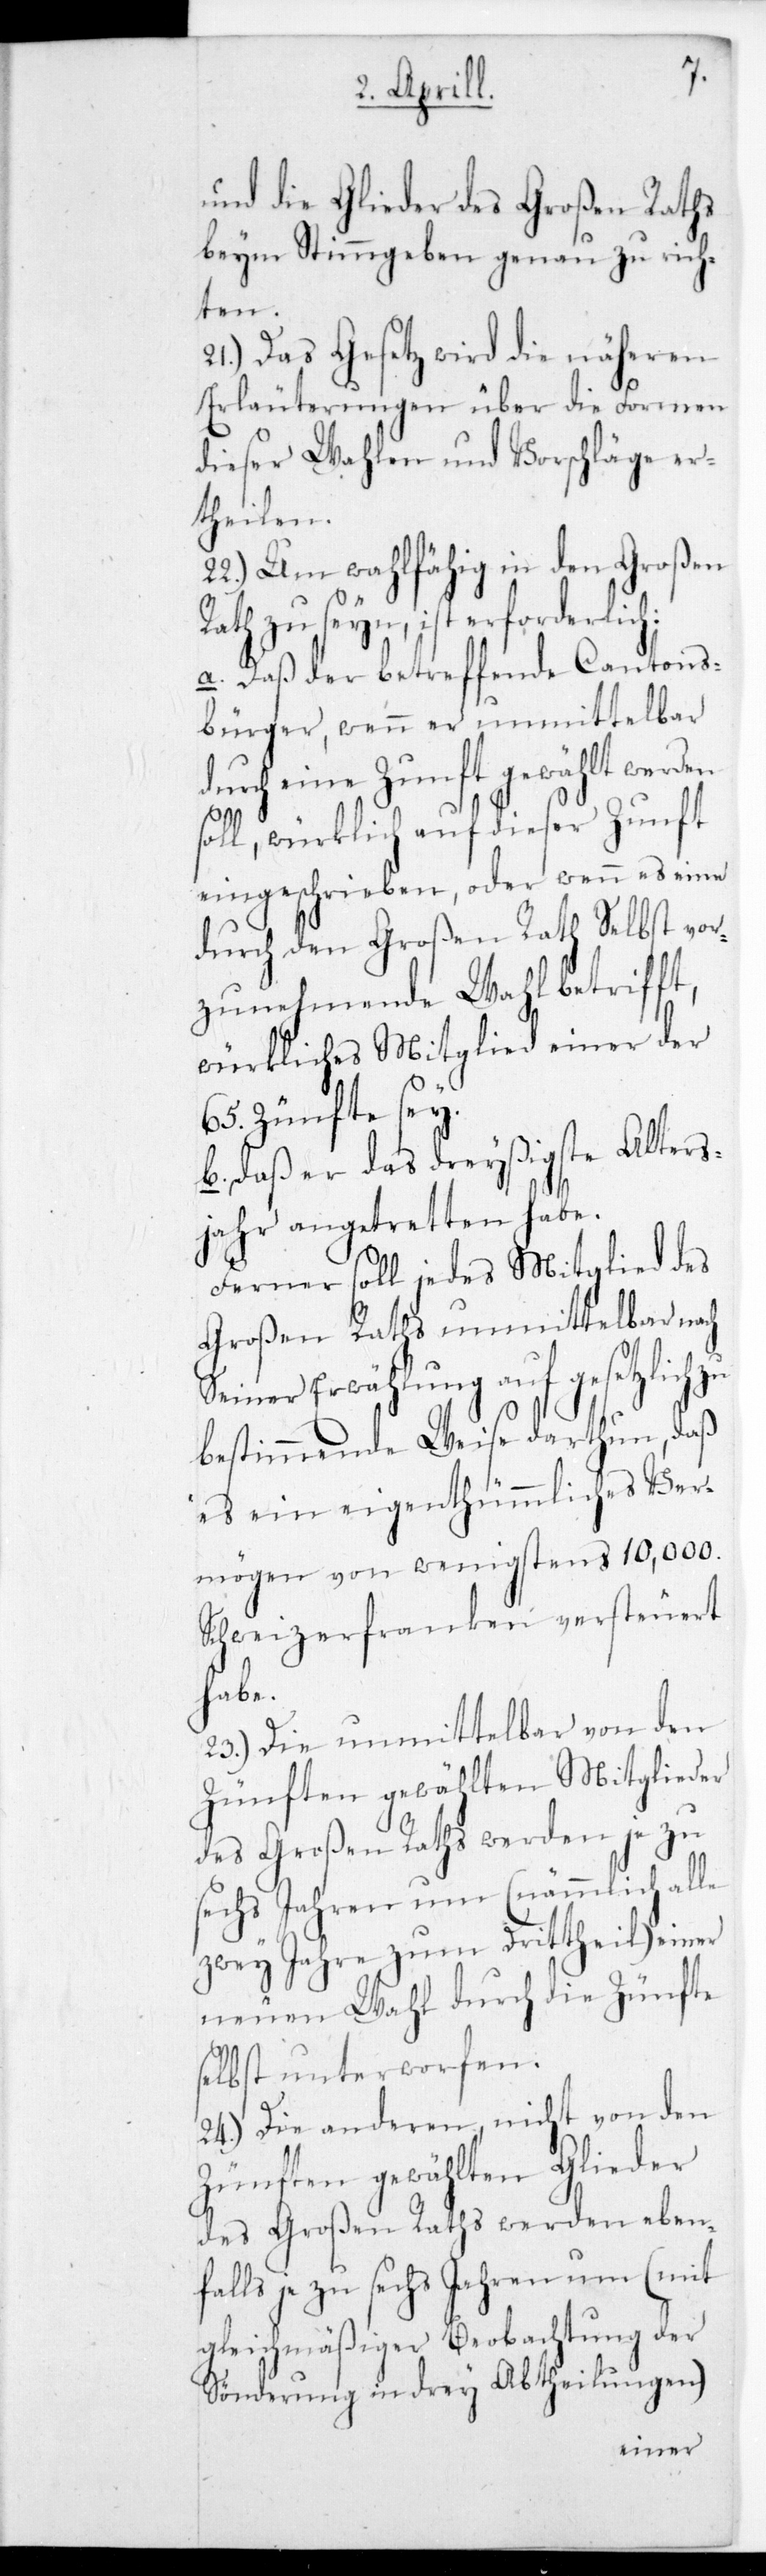
t,
und die Glieder des Großen Raths
beym Stimmgeben genau zu rich¬
ten.
21.) Das Gesetz wird die näheren
Erläuterungen über die Formen
dieser Wahlen und Vorschläge er¬
theilen.
22.) Um wahlfähig in den Großen
Rath zu seyn, ist erforderlich:
a. Daß der betreffende Cantons¬
bürger, wenn er unmittelbar
durch eine Zunft gewählt werden
oll, würklich auf diese Zunft
eingeschrieben, oder wenn es eine
durch den Großen Rath Selbst vor¬
zunehmende Wahl betriff¬
würkliches Mitglied einer der
65. Zünfte sey.
b. Daß er das dreyßigste Alters¬
jahr angetretten habe.
Ferner soll jedes Mitglied des
Großen Raths unmittelbar nach
seiner Erwählung auf gesetzlich
bestimmende Weise darthun, daß
es ein eigenthümliches Ver¬
mögen von wenigstens 10,000.
Schweizerfranken versteuert
habe.
23.) Die unmittelbar von den
Zünften gewählten Mitglieder
des Großen Raths werden je zu
sechs Jahren um (nämmlich alle
zwey Jahre zum Dritttheil) einer
neuen Wahl durch die Zünfte
selbst unterworfen.
24.) Die anderen, nicht von den
Zünften gewählten Glieder
des Großen Raths werden ebenf¬
alls je zu sechs Jahren um (mit
gleichmäßiger Beobachtung der
Sönderung in drey Abtheilungen)